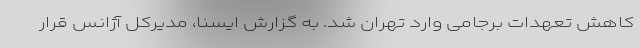
کاهش تعهدات برجامی وارد تهران شد. به گزارش ایسنا، مدیرکل آژانس قرار